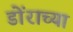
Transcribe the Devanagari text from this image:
डोंराच्या